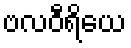
ဗလဝီရိယေ